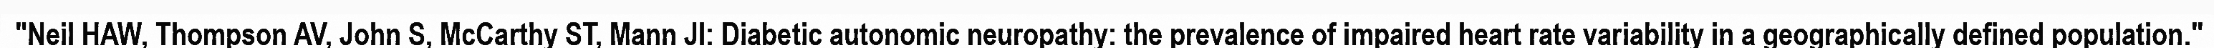
"Neil HAW, Thompson AV, John S, McCarthy ST, Mann JI: Diabetic autonomic neuropathy: the prevalence of impaired heart rate variability in a geographically defined population."